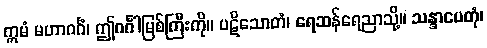
ဣမံ မဟာဂင်္ဂံ၊ ဤဂင်္ဂါမြစ်ကြီးကို။ ပဋိသောတံ၊ ရေဆန်ရေညာသို့။ သန္ဒာပေတုံ၊